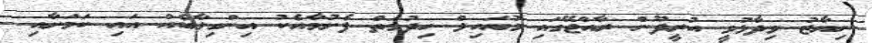
ނިޔާޒު ވިދާޅުވީ އުރީދޫން ރާއްޖޭގައި މޮބައިލް ހިދުމަތް ފެށުމާއެކު އިންގިލާބެއް އައި ކަމަށާއި